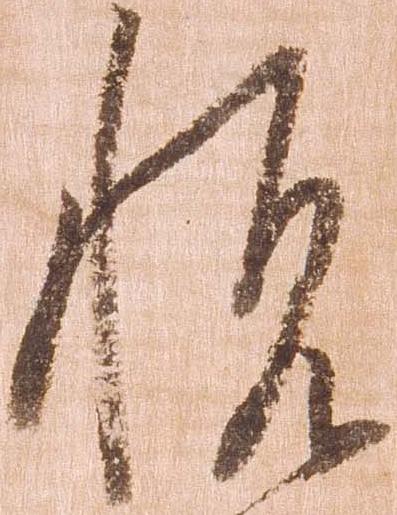
悦